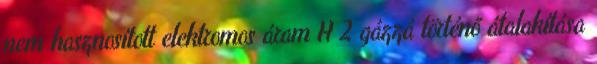
nem hasznosított elektromos áram H 2 gázzá történő átalakítása